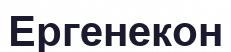
Ергенекон